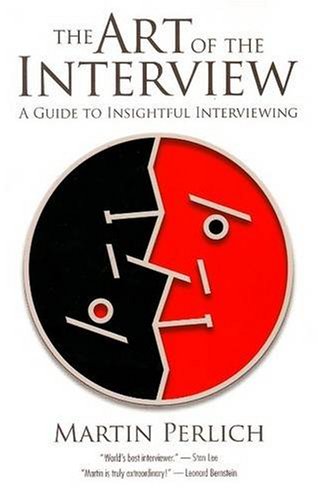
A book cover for The Art of the Interview: A Guide to Insightful Interviewing; Martin Perlich; Humor & Entertainment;